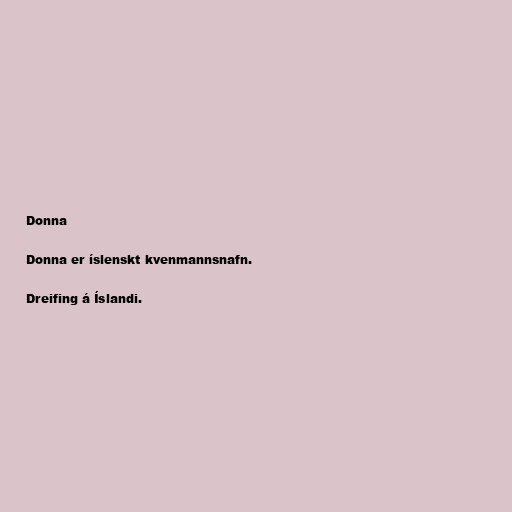
Donna

Donna er íslenskt kvenmannsnafn.

Dreifing á Íslandi.